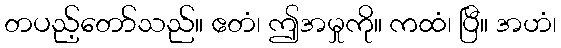
တပည့်တော်သည်။ ဧတံ၊ ဤအမှုကို။ ကထံ၊ ပြီ။ အဟံ၊